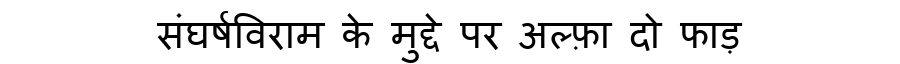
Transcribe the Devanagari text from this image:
संघर्षविराम के मुद्दे पर अल्फ़ा दो फाड़